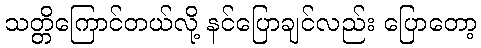
သတ္တိကြောင်တယ်လို့ နင်ပြောချင်လည်း ပြောတော့